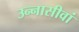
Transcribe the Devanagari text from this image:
उन्नासीवां